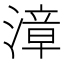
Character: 漳